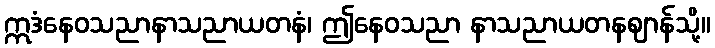
ဣဒံနေဝသညာနာသညာယတနံ၊ ဤနေဝသညာ နာသညာယတနဈာန်သို့။